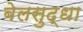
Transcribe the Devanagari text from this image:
बेलसुद्धा